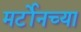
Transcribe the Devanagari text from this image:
मर्टोनच्या